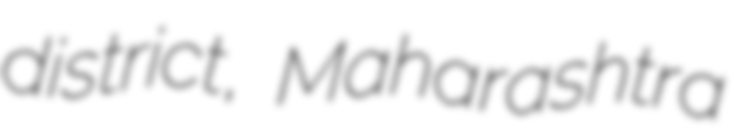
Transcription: district, Maharashtra